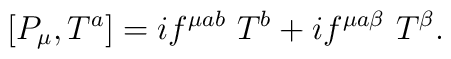
\left[ P_\mu, T^a\right] = i f^{\mu ab}\ T^b + i f^{\mu a \beta }\ T^\beta.